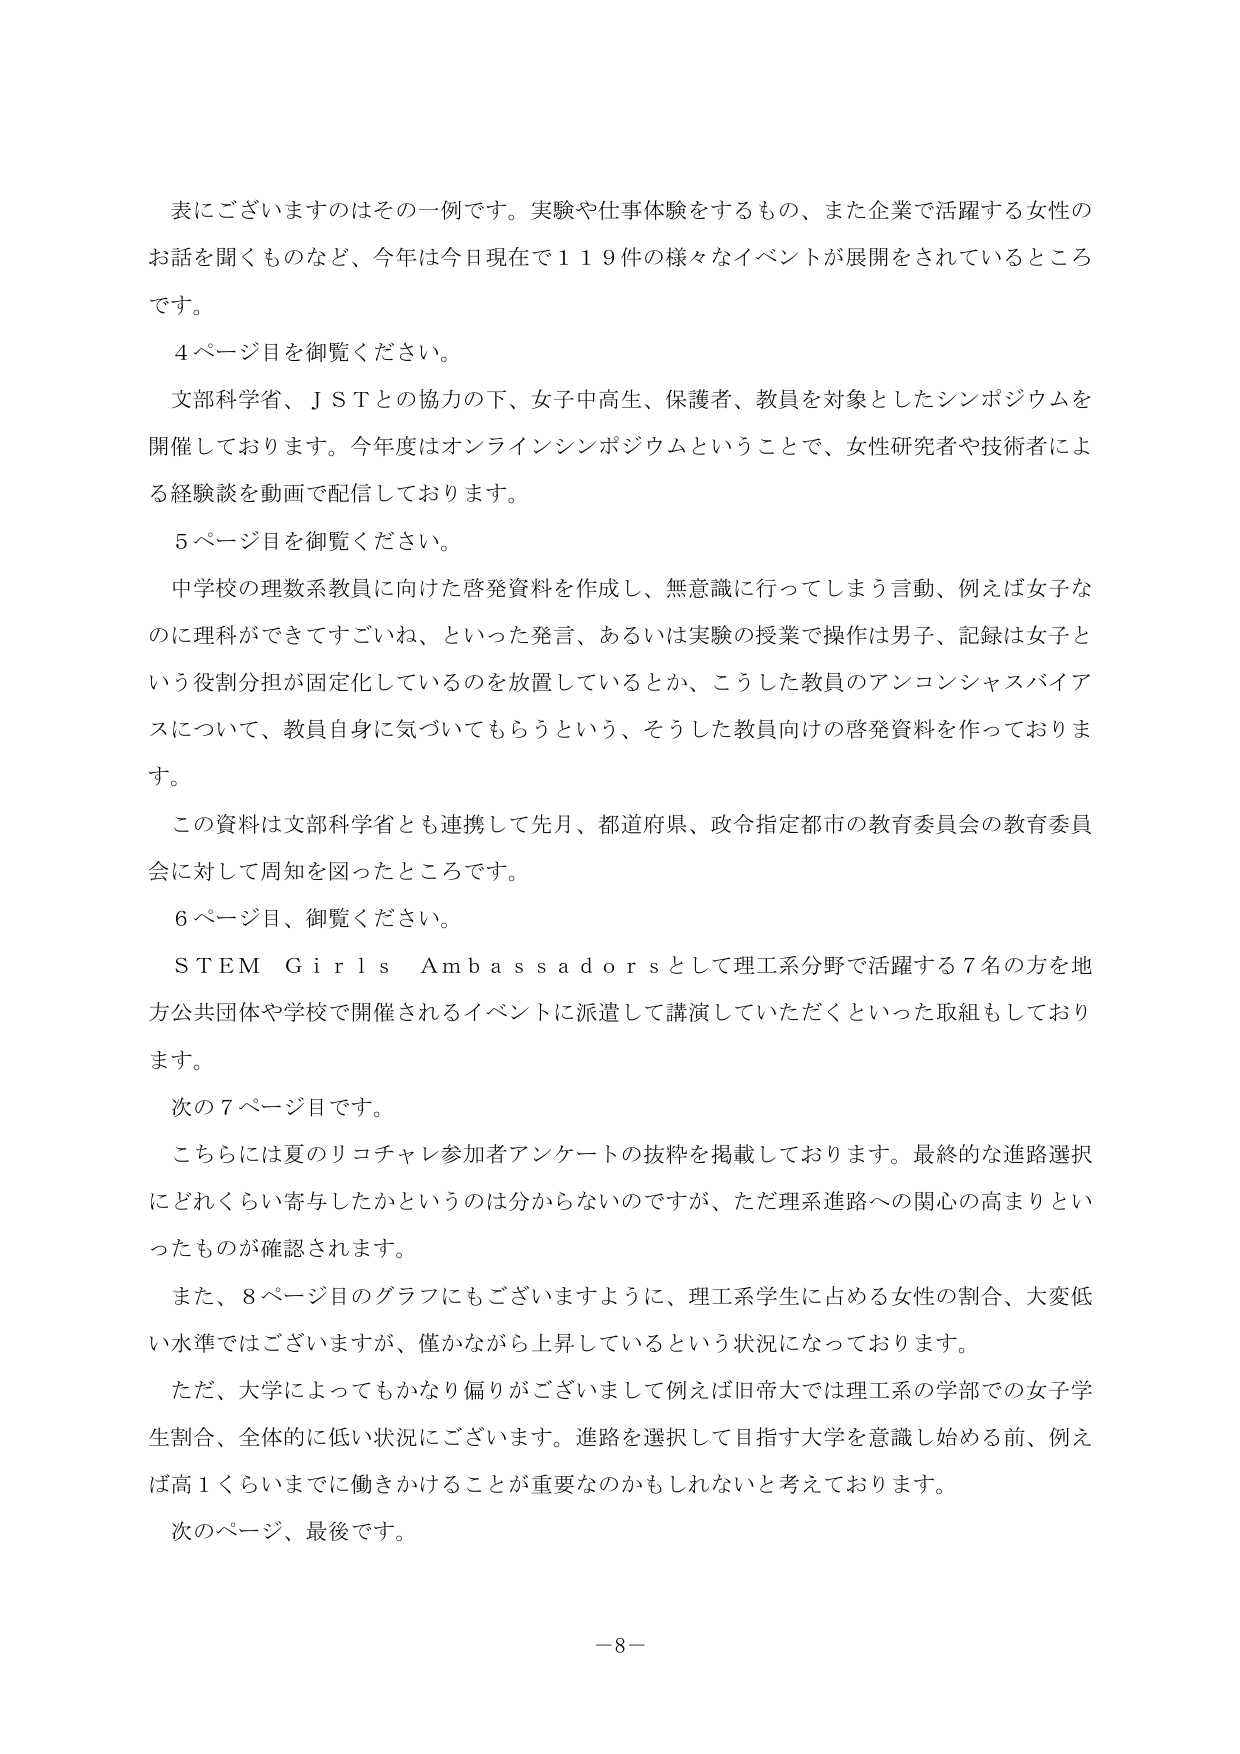
表にございますのはその一例です。実験や仕事体験をするもの、また企業で活躍する女性のお話を聞くものなど、今年は今日現在で１１９件の様々なイベントが展開をされているところです。

４ページ目を御覧ください。

文部科学省、ＪＳＴとの協力の下、女子中高生、保護者、教員を対象としたシンポジウムを開催しております。今年度はオンラインシンポジウムということで、女性研究者や技術者による経験談を動画で配信しております。

５ページ目を御覧ください。

中学校の理数科教員に向けた啓発資料を作成し、無意識に行ってしまう言動、例えば女子なのに理科ができてすごいね、といった発言、あるいは実験の授業で操作は男子、記録は女子という役割分担が固定化しているのを放置しているとか、こうした教員のアンコンシャスバイアスについて、教員自身に気づいてもらうという、そうした教員向けの啓発資料を作っております。

この資料は文部科学省とも連携して先月、都道府県、政令指定都市の教育委員会の教育委員会に対して周知を図ったところです。

６ページ目、御覧ください。

ＳＴＥＭ　Ｇｉｒｌｓ　Ａｍｂａｓｓａｄｏｒｓとして理工系分野で活躍する７名の方を地方公共団体や学校で開催されるイベントに派遣して講演していただくといった取組もしております。

次の７ページ目です。

こちらには夏のリコチャレ参加者アンケートの抜粋を掲載しております。最終的な進路選択にどれくらい寄与したかというのは分からないのですが、ただ理系進路への関心の高まりといったものが確認されます。

また、８ページ目のグラフにもございますように、理工系学生に占める女性の割合、大変低い水準ではございますが、僅かながら上昇しているという状況になっております。

ただ、大学によってもかなり偏りがございまして例えば旧帝大では理工系の学部での女子学生割合、全体的に低い状況にございます。進路を選択して目指す大学を意識し始める前、例えば高１くらいまでに働きかけることが重要なのかもしれないと考えております。

次のページ、最後です。

－８－